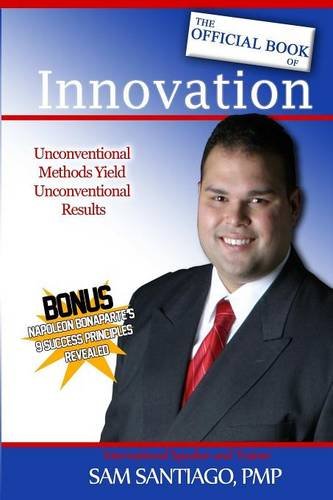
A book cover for The Official Book of Innovation; Sam Santiago; Business & Money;